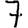
Digit: 7